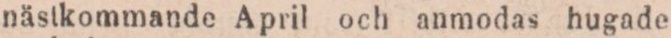
nästkommande April och anmodas hugade